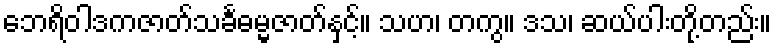
ဘေရိဝါဒကဇာတ်သင်္ခဓမ္မဇာတ်နှင့်။ သဟ၊ တကွ။ ဒသ၊ ဆယ်ပါးတို့တည်း။